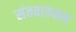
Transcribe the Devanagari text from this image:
संतवाङमय